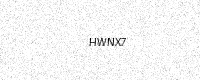
Text: HWNX7